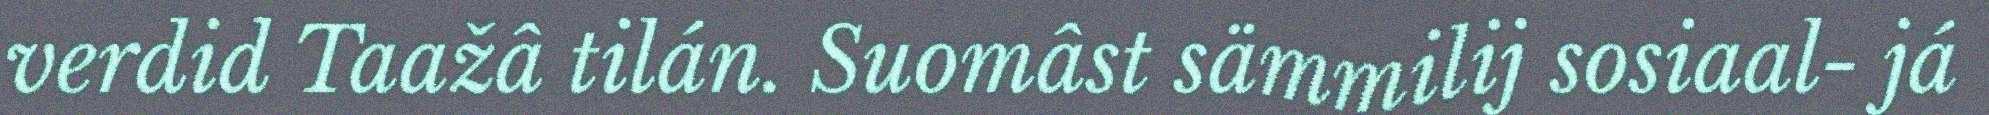
verdid Taažâ tilán. Suomâst sämmilij sosiaal- já